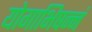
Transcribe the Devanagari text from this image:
योगाभिषन्नं